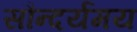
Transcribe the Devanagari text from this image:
सौन्दर्यमय